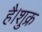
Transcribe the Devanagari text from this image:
है।शुक्र